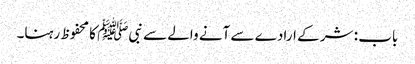
باب : شر کے ارادے سے آنے والے سے نبیﷺ کا محفوظ رہنا۔